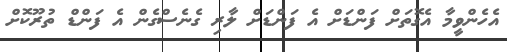
އެހެންވީމާ އެގޮތަށް ފަންޑަށް އެ ފަންޑަށް ލާރި ގެނެސްގެން އެ ފަންޑް ތުރޫކޮށް